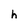
Character: h